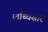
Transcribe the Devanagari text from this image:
लब्धिसार